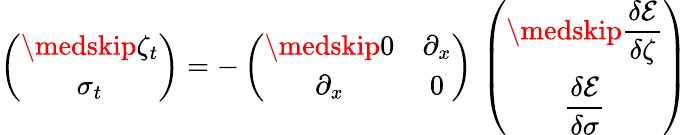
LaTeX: \left(\begin{array}{c}{\medskip\zeta_{t}}\\ {\sigma_{t}}\end{array}\right)=-\left(\begin{array}{cc}{\medskip 0}&{\partial_{x}}\\ {\partial_{x}}&{0}\end{array}\right)\, \left(\begin{array}{c}{\medskip\displaystyle\frac{\delta\mathcal{E}}{\delta\zeta}}\\ {\displaystyle\frac{\delta\mathcal{E}}{\delta\sigma}}\end{array}\right)